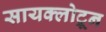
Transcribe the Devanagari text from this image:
सायक्लोट्रून